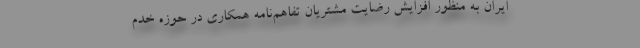
ایران به منظور افزایش رضایت مشتریان تفاهم‌نامه همکاری در حوزه خدم